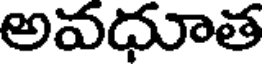
అవధూత